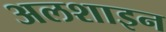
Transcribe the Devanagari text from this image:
अलशाइन